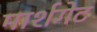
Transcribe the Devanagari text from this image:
मार्शगेट